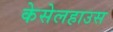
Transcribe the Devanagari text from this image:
केसेलहाउस